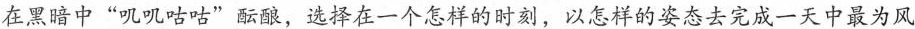
在黑暗中”叽叽咕咕”酝酿，选择在一个怎样的时刻，以怎样的姿态去完成一天中最为风